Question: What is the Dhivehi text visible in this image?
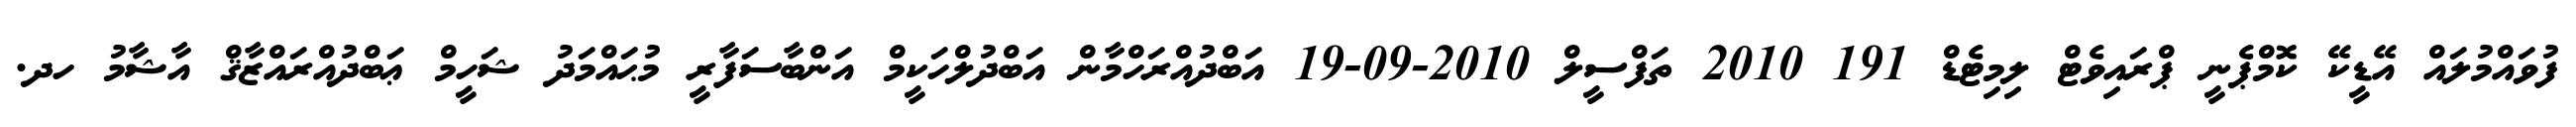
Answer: ފުވައްމުލައް އޭޑީކޭ ކޮމްޕެނީ ޕްރައިވެޓް ލިމިޓެޑް 191 2010 ތަފްސީލް 2010-09-19 އަބްދުއްރަހްމާން އަބްދުލްހަކީމް އަންބާސަފާރީ މުޙައްމަދު ޝަހީމް ޢަބްދުއްރައްޒާޤް އާޝާމު ހދ.